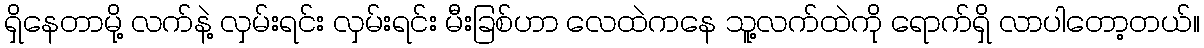
ရှိနေတာမို့ လက်နဲ့ လှမ်းရင်း လှမ်းရင်း မီးခြစ်ဟာ လေထဲကနေ သူ့လက်ထဲကို ရောက်ရှိ လာပါတော့တယ်။